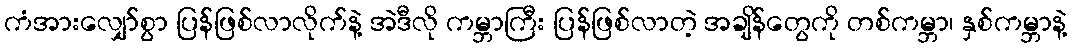
ကံအားလျှော်စွာ ပြန်ဖြစ်လာလိုက်နဲ့ အဲဒီလို ကမ္ဘာကြီး ပြန်ဖြစ်လာတဲ့ အချိန်တွေကို တစ်ကမ္ဘာ၊ နှစ်ကမ္ဘာနဲ့